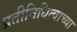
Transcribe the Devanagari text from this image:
प्रतीनिधित्वाच्या